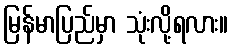
မြန်မာပြည်မှာ သုံးလို့ရလား။